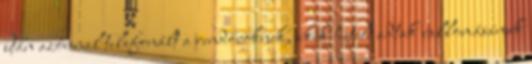
után azonnal telefonált a rendőröknek, akik hitelt adtak vallomásának